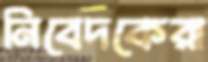
নিবেদকেরা